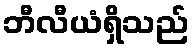
ဘီလီယံရှိသည်